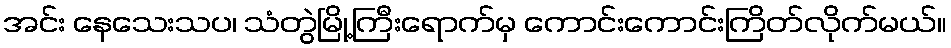
အင်း နေသေးသပ၊ သံတွဲမြို့ကြီးရောက်မှ ကောင်းကောင်းကြိတ်လိုက်မယ်။